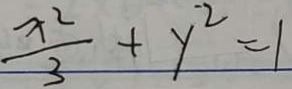
\frac { x ^ { 2 } } { 3 } + y ^ { - 2 } = 1